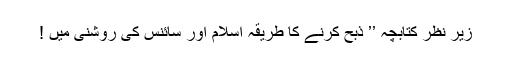
زیر نظر کتابچہ ’’ ذبح کرنے کا طریقہ اسلام اور سائنس کی روشنی میں !